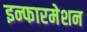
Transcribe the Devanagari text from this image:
इन्फारमेशन